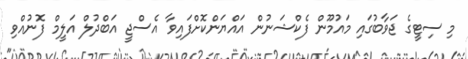
މި ސިޓީގެ ޖަވާބުގައި މައުމޫން ފެކްޝަނުން އައްޔަންކޮށްފައިވާ އެސްޖީ އަބްދުލް އަލީމް ފޮނުއްވި